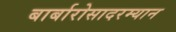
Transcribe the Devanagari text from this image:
बार्बारोसादरम्यान